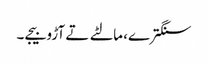
سنگترے، مالٹے تے آڑو بیجے۔